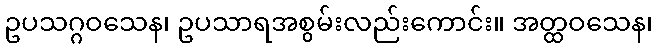
ဥပသဂ္ဂဝသေန၊ ဥပသာရအစွမ်းလည်းကောင်း။ အတ္ထဝသေန၊